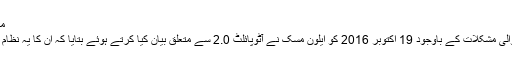
مکمل خودمختاری پر مبنی نظام کا اعلان
تمام تر تنقید اور اس سے کھڑی ہونے والی مشکلات کے باوجود 19 اکتوبر 2016 کو ایلون مُسک نے آٹوپائلٹ 2.0 سے متعلق بیان کیا کرتے ہوئے بتایا کہ ان کا یہ نظام کیا کچھ کرنے کی صلاحیت رکھتا ہے۔